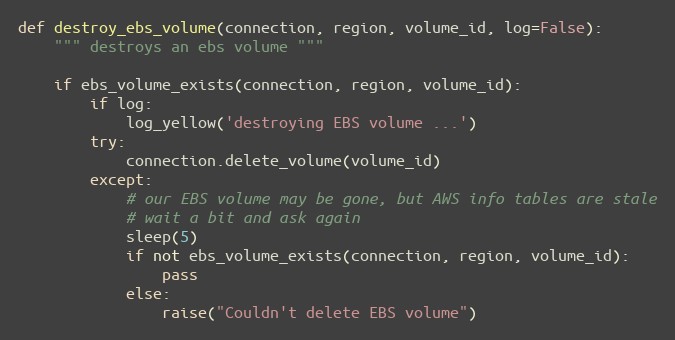
Language: Python
def destroy_ebs_volume(connection, region, volume_id, log=False):
    """ destroys an ebs volume """

    if ebs_volume_exists(connection, region, volume_id):
        if log:
            log_yellow('destroying EBS volume ...')
        try:
            connection.delete_volume(volume_id)
        except:
            # our EBS volume may be gone, but AWS info tables are stale
            # wait a bit and ask again
            sleep(5)
            if not ebs_volume_exists(connection, region, volume_id):
                pass
            else:
                raise("Couldn't delete EBS volume")